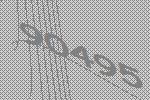
90495